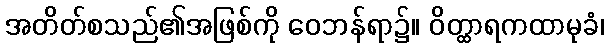
အတိတ်စသည်၏အဖြစ်ကို ဝေဘန်ရာ၌။ ဝိတ္ထာရကထာမုခံ၊